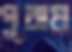
পুরায়